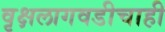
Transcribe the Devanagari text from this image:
वृक्षलागवडीचाही